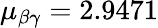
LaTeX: \mu_{\beta\gamma}=2.9471